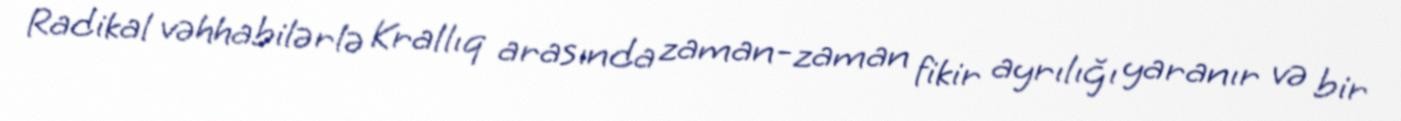
Radikal vəhhabilərlə Krallıq arasında zaman-zaman fikir ayrılığı yaranır və bir